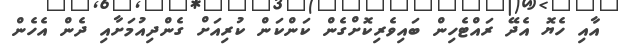
އާއި ހެޔޮ އެދޭ ރައްޓެހިން ބައިވެރިކޮށްގެން ކަންކަން ކުރިއަށް ގެންދިއުމަށާއި ދެން އެހެން